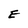
Character: E